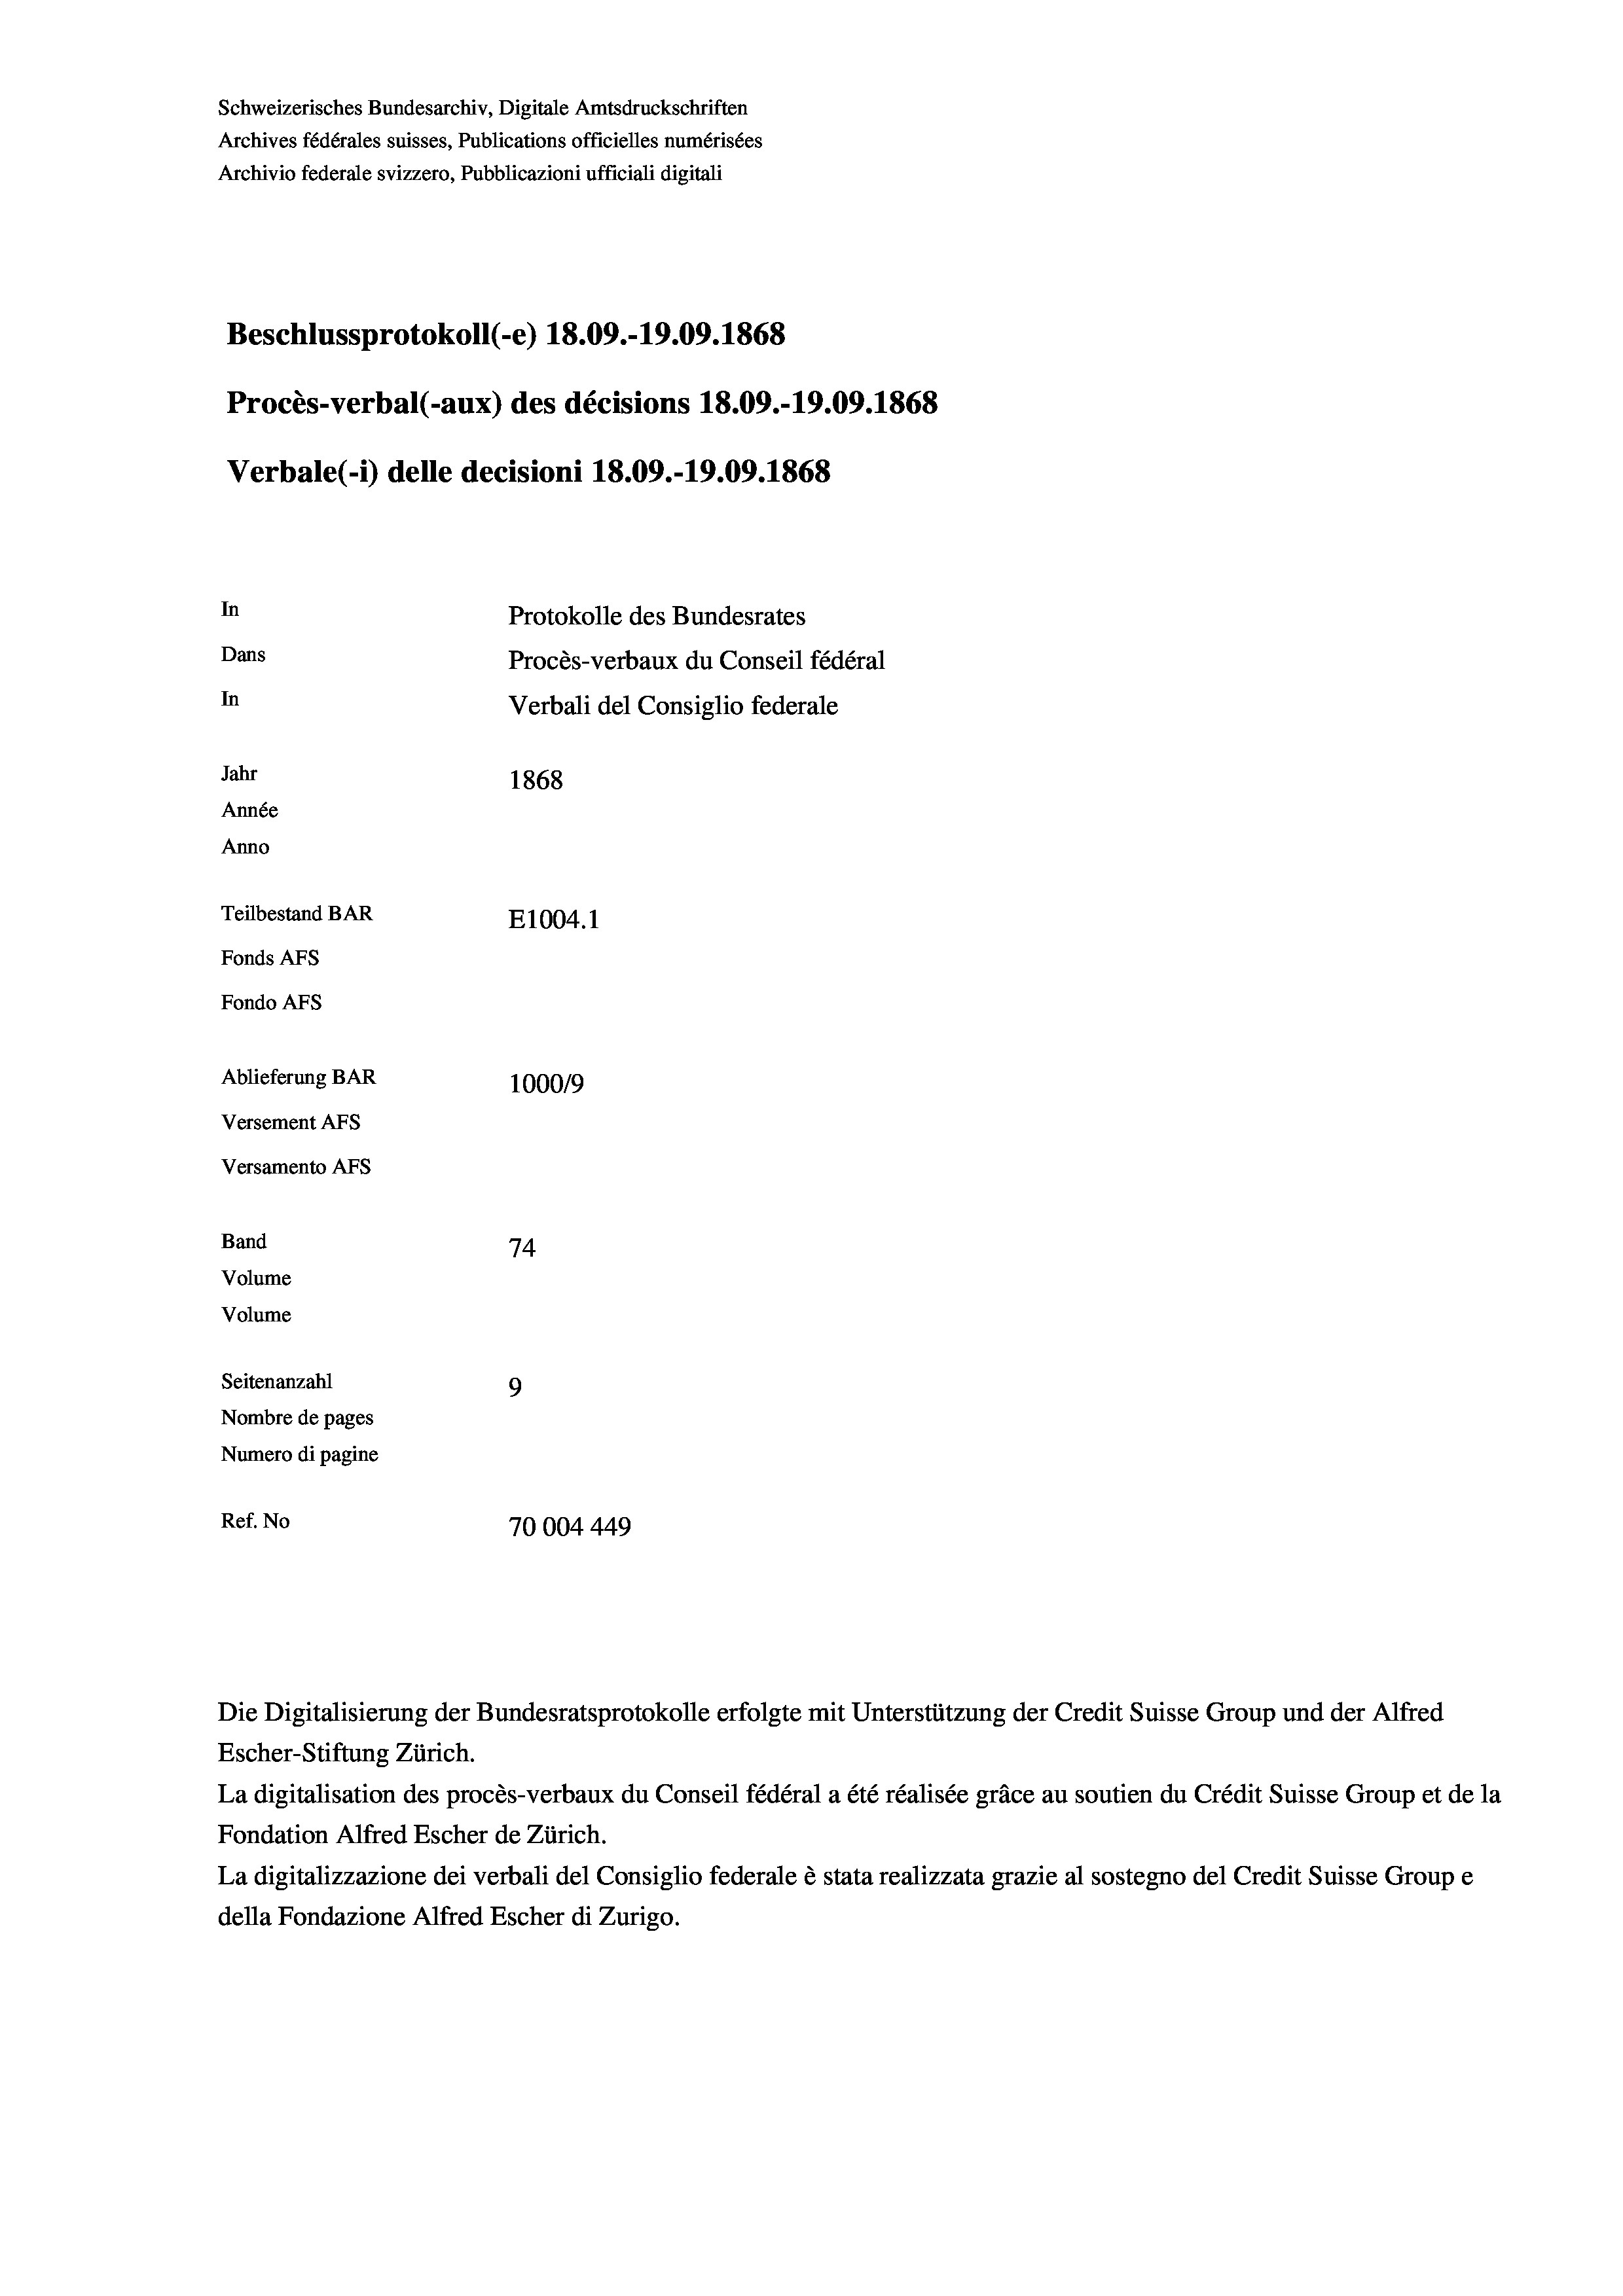
Schweizerisches Bundesarchiv, Digitale Amtsdruckschriften
Archives fédérales suisses, Publications officielles numérisées
Archivio federale svizzero, Pubblicazioni ufficiali digitali
Beschlussprotokoll (-e) 18.09.-19.09. 1868
Procès-verbal (-aux) des décisions 18.09.-19.09. 1868
Verbale (i) delle decisioni 18.09.-19.09. 1868
In
Protokolle des Bundesrates
Dans
Procès-verbaux du Conseil fédéral
In
Verbali del Consiglio federale
Jahr
1868
Année
Anno
Teilbestand BAR
E1004.1
Fonds AFs
Fondo AFs
Ablieferung BAR
100019
Versement AFs
Versamento Afs
Band
74

Volume
Volume
Seitenanzahl
9
Nombre de pages
Numero di pagine
Ref. No
70004 449

Die Digitalisierung der Bundesratsprotokolle erfolgte mit Unterstützung der Credit Suisse Group und der Alfred
Escher-Stiftung Zürich.
La digitalisation des procès-verbaux du Conseil fédéral a été réalisée gräce au soutien du Crédit Suisse Group et de la
Fondation Alfred Escher de Zürich.
La digitalizzazione dei verbali del Consiglio federale è stata realizzata grazie al sostegno del Credit Suisse Groupe
della Fondazione Alfred Escher di Zurigo.